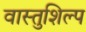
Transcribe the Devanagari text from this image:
वास्‍तुशिल्प